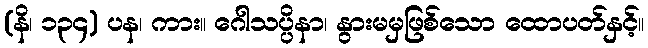
(နိ၊ ၁၃၄) ပန၊ ကား။ ဂေါသပ္ပိနာ၊ နွားမမှဖြစ်သော ထောပတ်နှင့်။